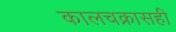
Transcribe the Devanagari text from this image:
कालचक्रासही